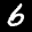
Label: 6